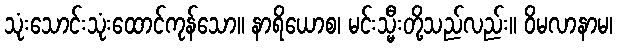
သုံးသောင်းသုံးထောင်ကုန်သော။ နာရိယောစ၊ မင်းသ္မီးတို့သည်လည်း။ ဝိမလာနာမ၊